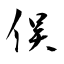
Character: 俣